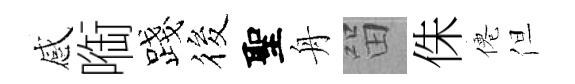
感㗸露筱聖舟㽞侏僊但